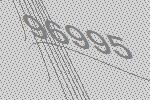
96995